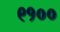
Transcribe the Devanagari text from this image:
९१००